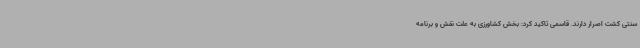
سنتی کشت اصرار دارند. قاسمی تاکید کرد: بخش کشاورزی به علت نقش و برنامه